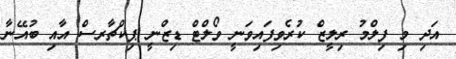
އަދި މި ފިލްމު ރިލީޒް ކުރެވިފައިވަނީ ވޯލްޓް ޑިޒްނީ ޕިކްޗާރސް އާއި ބުއޭނާ